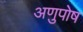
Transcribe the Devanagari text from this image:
अणुपोष